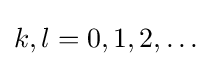
k,l=0,1,2,\dots